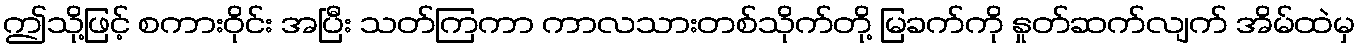
ဤသို့ဖြင့် စကားဝိုင်း အပြီး သတ်ကြကာ ကာလသားတစ်သိုက်တို့ မြခက်ကို နှုတ်ဆက်လျက် အိမ်ထဲမှ